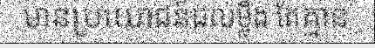
មានប្រយោជន៍ដល់ម្លឹង តែគ្មាន